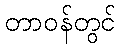
တာဝန်တွင်